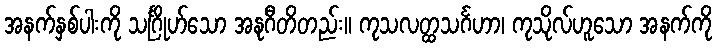
အနက်နှစ်ပါးကို သင်္ဂြိုဟ်သော အနုဂီတိတည်း။ ကုသလတ္ထသင်္ဂဟာ၊ ကုသိုလ်ဟူသော အနက်ကို